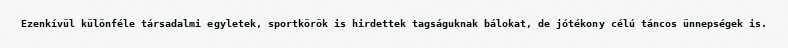
Ezenkívül különféle társadalmi egyletek, sportkörök is hirdettek tagságuknak bálokat, de jótékony célú táncos ünnepségek is.